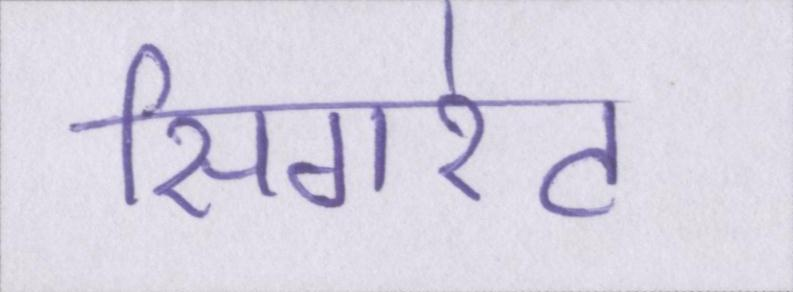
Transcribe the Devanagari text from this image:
सिगरेट